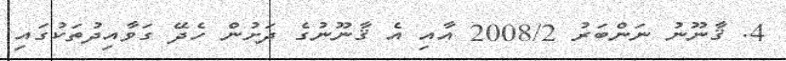
4. ޤާނޫނު ނަންބަރު 2008/2 އާއި އެ ޤާނޫނުގެ ދަށުން ހެދޭ ގަވާއިދުތަކުގައި